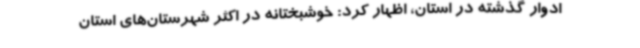
ادوار گذشته در استان، اظهار کرد: خوشبختانه در اکثر شهرستان‌های استان